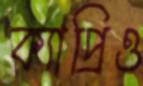
ক্যাপ্রিও